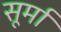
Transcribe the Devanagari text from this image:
सूर्मा